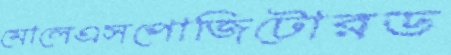
মোলেএসপোজিটোরড